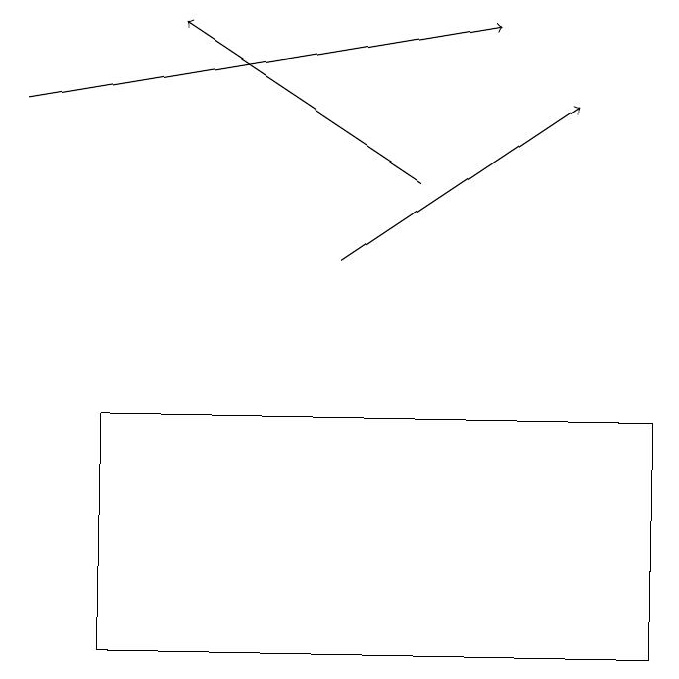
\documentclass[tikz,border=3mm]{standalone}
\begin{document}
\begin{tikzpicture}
\draw[->] (1,18) -- (7,19);
\draw[->] (5,16) -- (8,18);
\draw[->] (6,17) -- (3,19);
\draw (2,11) rectangle (9,14);
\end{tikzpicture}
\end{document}